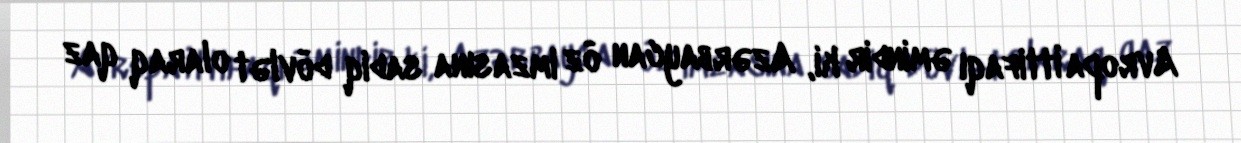
Avropa İttifaqı əmindir ki, Azərbaycan öz imzasına sadiq dövlət olaraq qaz